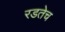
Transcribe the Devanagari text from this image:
रडतेच